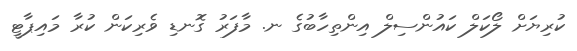
ކުރިޔަށް ލޯކަލް ކައުންސިލް އިންތިހާބުގެ ނ. މާފަރު ގޮނޑި ވެރިކަން ކުރާ މައިޕާޓީ